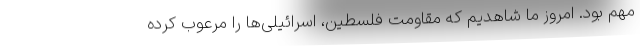
مهم بود. امروز ما شاهدیم که مقاومت فلسطین، اسرائیلی‌ها را مرعوب کرده